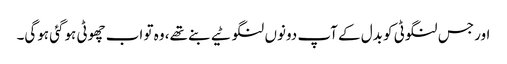
اور جس لنگوٹی کو بدل کے آپ دونوں‌ لنگوٹیے بنے تھے، وہ تو اب چھوٹی ہوگئی ہوگی۔